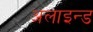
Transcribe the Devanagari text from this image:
अलाइन्ड